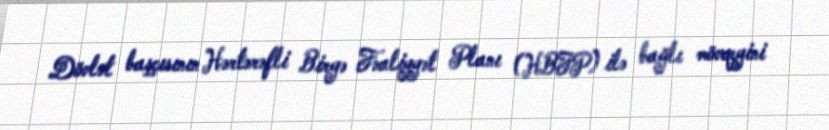
Dövlət başçısının Hərtərəfli Birgə Fəaliyyət Planı (HBFP) ilə bağlı mövqeyini